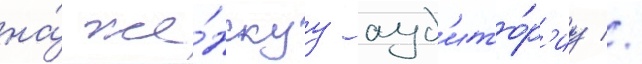
на́ же́нскуу ауд'ито́р'иу //